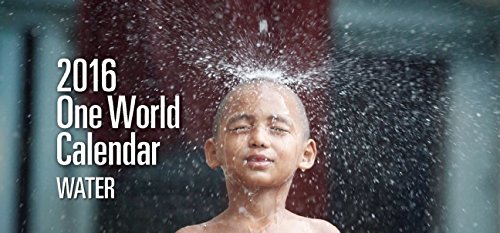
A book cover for The One World Calendar 2016; Arts & Photography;